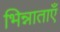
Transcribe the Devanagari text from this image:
भिन्नाताएँ